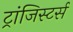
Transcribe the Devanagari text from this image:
ट्रांजिस्टर्स